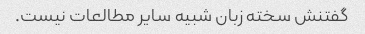
گفتنش سخته زبان شبیه سایر مطالعات نیست.